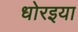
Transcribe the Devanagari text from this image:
धोरइया